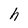
Character: h